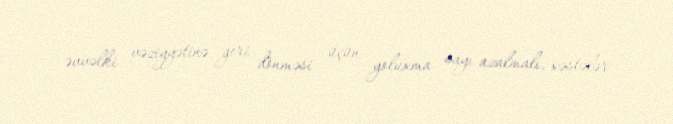
əvvəlki vəziyyətinə geri dönməsi üçün yoluxma sayı azalmalı, xəstələr